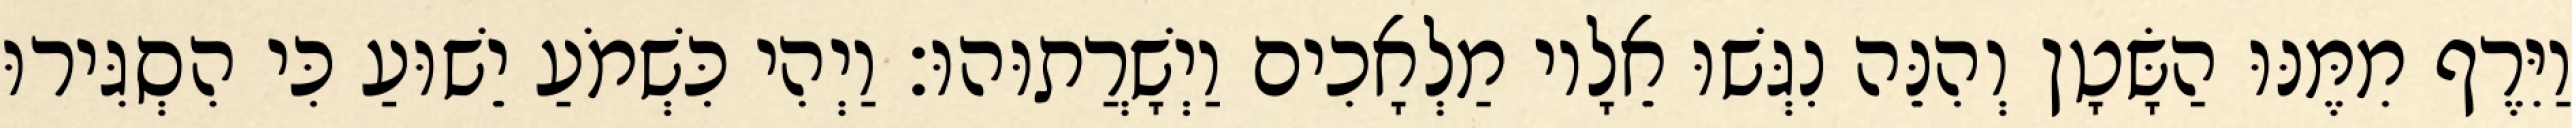
וַיִּרֶף מִמֶּנּוּ הַשָּׂטָן וְהִנֵּה נִגְּשׁוּ אֵלָיו מַלְאָכִים וַיְשָׁרֲתוּהוּ׃ וַיְהִי כִּשְׁמֹעַ יֵשׁוּעַ כִּי הִסְגִּירוּ